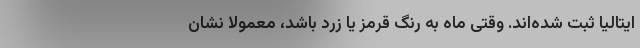
ایتالیا ثبت شده‌اند. وقتی ماه به رنگ قرمز یا زرد باشد، معمولاً نشان